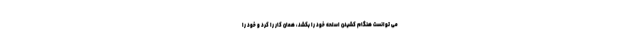
می توانست هنگام کشیدن اسلحه خود را بکشد، همان کار را کرد و خود را